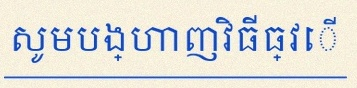
សូមបង្ហាញវិធីធ្វើ